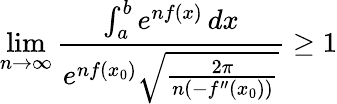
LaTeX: \operatorname*{lim}_{n\to\infty}{\frac{\int_{a}^{b}e^{nf(x)}\, dx}{e^{nf(x_{0})}{\sqrt{\frac{2\pi}{n(-f^{\prime\prime}(x_{0}))}}}}}\geq 1